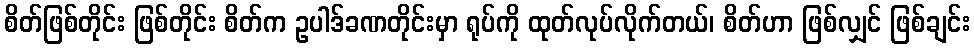
စိတ်ဖြစ်တိုင်း ဖြစ်တိုင်း စိတ်က ဥပါဒ်ခဏတိုင်းမှာ ရုပ်ကို ထုတ်လုပ်လိုက်တယ်၊ စိတ်ဟာ ဖြစ်လျှင် ဖြစ်ချင်း